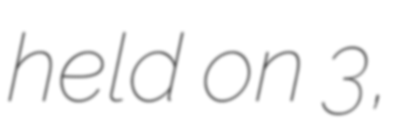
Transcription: held on 3,